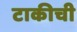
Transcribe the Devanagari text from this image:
टाकीची